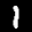
Label: 1